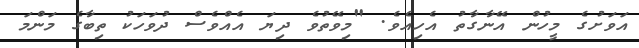
އަވަށުގެ މީހުން އޭނާގާތު އެހިއެވެ. "މިވޭތުވެ ދިޔަ އެއްވެސް ދުވަހަކު ތިބާގެ މަންމަ